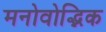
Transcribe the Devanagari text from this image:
मनोवोद्भिक